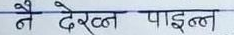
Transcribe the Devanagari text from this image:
नै देख्न पाइन्न